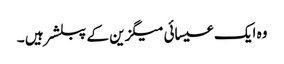
وہ ایک عیسائی میگزین کے پبلشر ہیں ۔